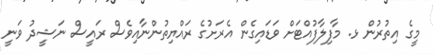
މީގެ އިތުރުން ޅ. މާފިލާފުއްޓަށް ވަޑައިގެން އެރަށުގެ ރައްޔިތުންނާއިވެސް ރައީސް ނަޝީދު ވަނީ